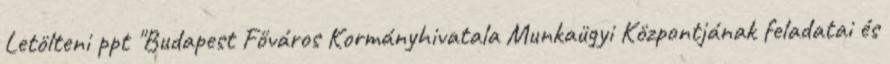
Letölteni ppt "Budapest Főváros Kormányhivatala Munkaügyi Központjának feladatai és